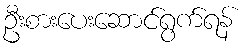
ဦးစားပေးဆောင်ရွက်ရန်